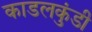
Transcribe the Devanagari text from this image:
काडलकुंडी